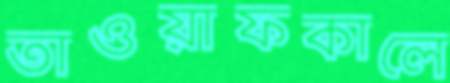
তাওয়াফকালে